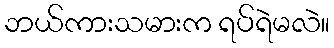
ဘယ်ကားသမားက ရပ်ရဲမလဲ။